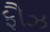
ફૌઝ